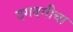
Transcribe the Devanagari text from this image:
दगदगीचा